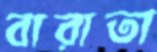
বারাতা